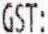
GST: